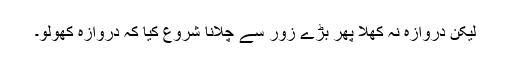
لیکن دروازہ نہ کھلا پھر بڑے زور سے چلانا شروع کیا کہ دروازہ کھولو۔